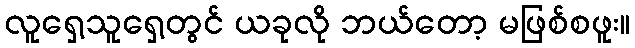
လူရှေ့သူရှေ့တွင် ယခုလို ဘယ်တော့ မဖြစ်စဖူး။